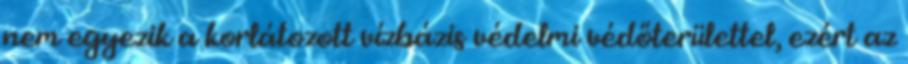
nem egyezik a korlátozott vízbázis védelmi védőterülettel, ezért az